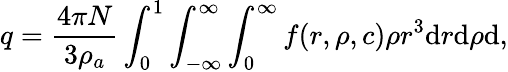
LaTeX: q=\frac{4\pi N}{3\rho_{a}}\int_{0}^{1}\int_{-\infty}^{\infty}\int_{0}^{\infty}f(r,\rho,c)\rho r^{3}\mathrm{d}r\mathrm{d}\rho\mathrm{d},